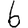
Digit: 6